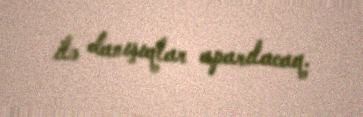
ilə danışıqlar aparılacaq.